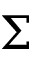
\Sigma